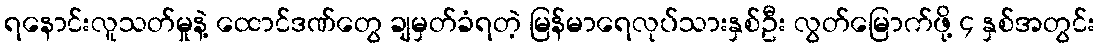
ရနောင်းလူသတ်မှုနဲ့ ထောင်ဒဏ်တွေ ချမှတ်ခံရတဲ့ မြန်မာရေလုပ်သားနှစ်ဦး လွတ်မြောက်ဖို့ ၄ နှစ်အတွင်း